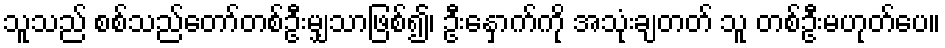
သူသည် စစ်သည်တော်တစ်ဦးမျှသာဖြစ်၍၊ ဦးနှောက်ကို အသုံးချတတ် သူ တစ်ဦးမဟုတ်ပေ။